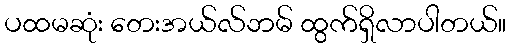
ပထမဆုံး တေးအယ်လ်ဘမ် ထွက်ရှိလာပါတယ်။